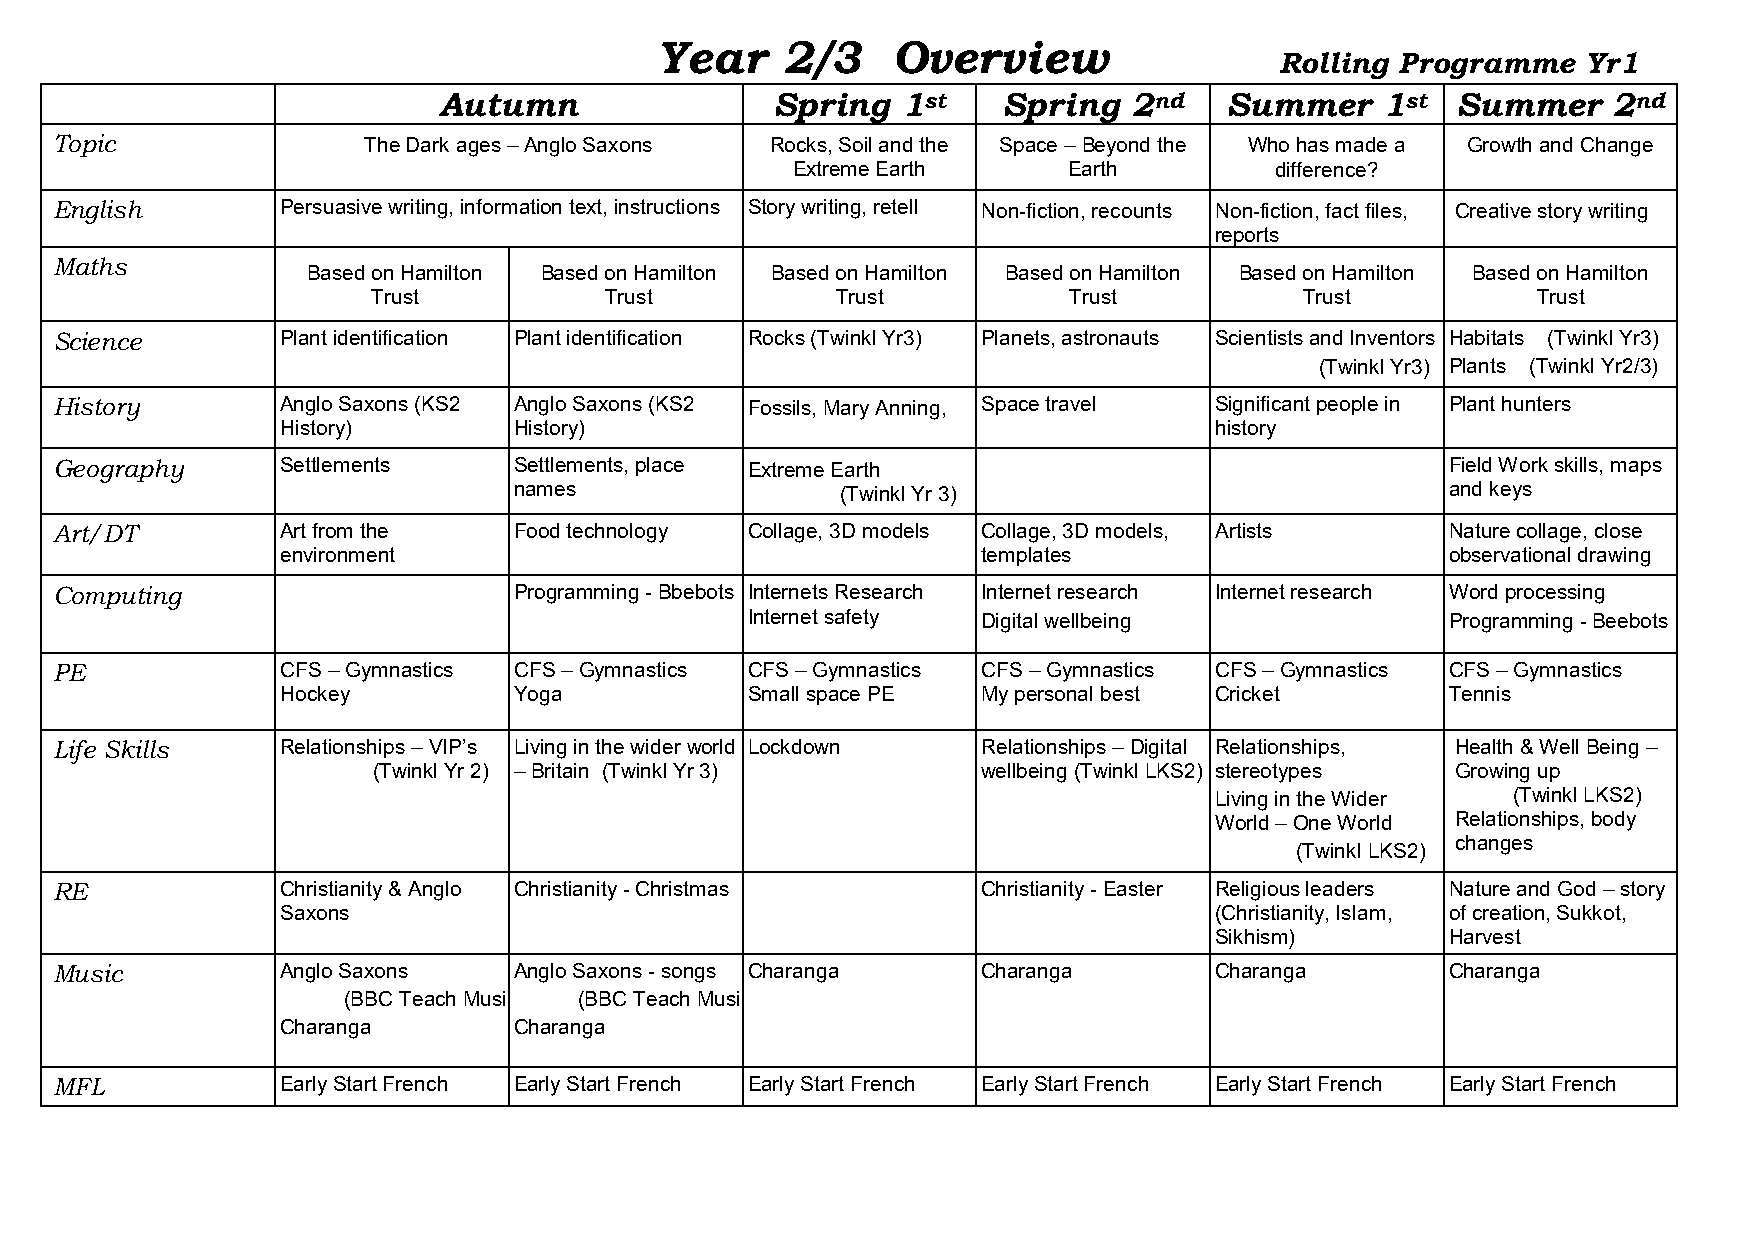
Year     2/3    Overview
 Rolling Programme   Yr1
 Autumn                Spring   1st   Spring   2nd   Summer    1st  Summer     2nd
 Topic                The Dark ages – Anglo Saxons Rocks, Soil and the Space – Beyond the Who has made a Growth and Change
 Extreme Earth      Earth        difference?
 English         Persuasive writing, information text, instructions Story writing, retell Non-fiction, recounts Non-fiction, fact files, Creative story writing
 reports
 Maths
 Based on Hamilton Based on Hamilton Based on Hamilton Based on Hamilton Based on Hamilton Based on Hamilton
 Trust          Trust          Trust           Trust          Trust           Trust
 Science         Plant identification Plant identification Rocks (Twinkl Yr3) Planets, astronauts Scientists and Inventors Habitats (Twinkl Yr3)
 (Twinkl Yr3) Plants (Twinkl Yr2/3)
 History         Anglo Saxons (KS2 Anglo Saxons (KS2 Fossils, Mary Anning, Space travel Significant people in Plant hunters
 History)       History)                                      history
 Geography       Settlements    Settlements, place Extreme Earth                              Field Work skills, maps
 names                 (Twinkl Yr 3)                           and keys
 Art/DT          Art from the   Food technology Collage, 3D models Collage, 3D models, Artists Nature collage, close
 environment                                   templates                      observational drawing
 Computing                      Programming - Bbebots Internets Research Internet research Internet research Word processing
 Internet safety Digital wellbeing              Programming - Beebots
 PE              CFS – Gymnastics CFS – Gymnastics CFS – Gymnastics CFS – Gymnastics CFS – Gymnastics CFS – Gymnastics
 Hockey         Yoga           Small space PE  My personal best Cricket       Tennis
 Life Skills     Relationships – VIP’s Living in the wider world Lockdown Relationships – Digital Relationships, Health & Well Being –
 (Twinkl Yr 2) – Britain (Twinkl Yr 3)   wellbeing (Twinkl LKS2) s tereotypes Growing up
 Living in the Wider (Twinkl LKS2)
 World – One World Relationships, body
 changes
 (Twinkl LKS2)
 RE              Christianity & Anglo Christianity - Christmas Christianity - Easter Religious leaders Nature and God – story
 Saxons                                                       (Christianity, Islam, of creation, Sukkot,
 Sikhism)        Harvest
 Music           Anglo Saxons   Anglo Saxons - songs Charanga  Charanga       Charanga        Charanga
 (BBC Teach Music ) (BBC Teach Music)
 Charanga       Charanga
 MFL             Early Start French Early Start French Early Start French Early Start French Early Start French Early Start French